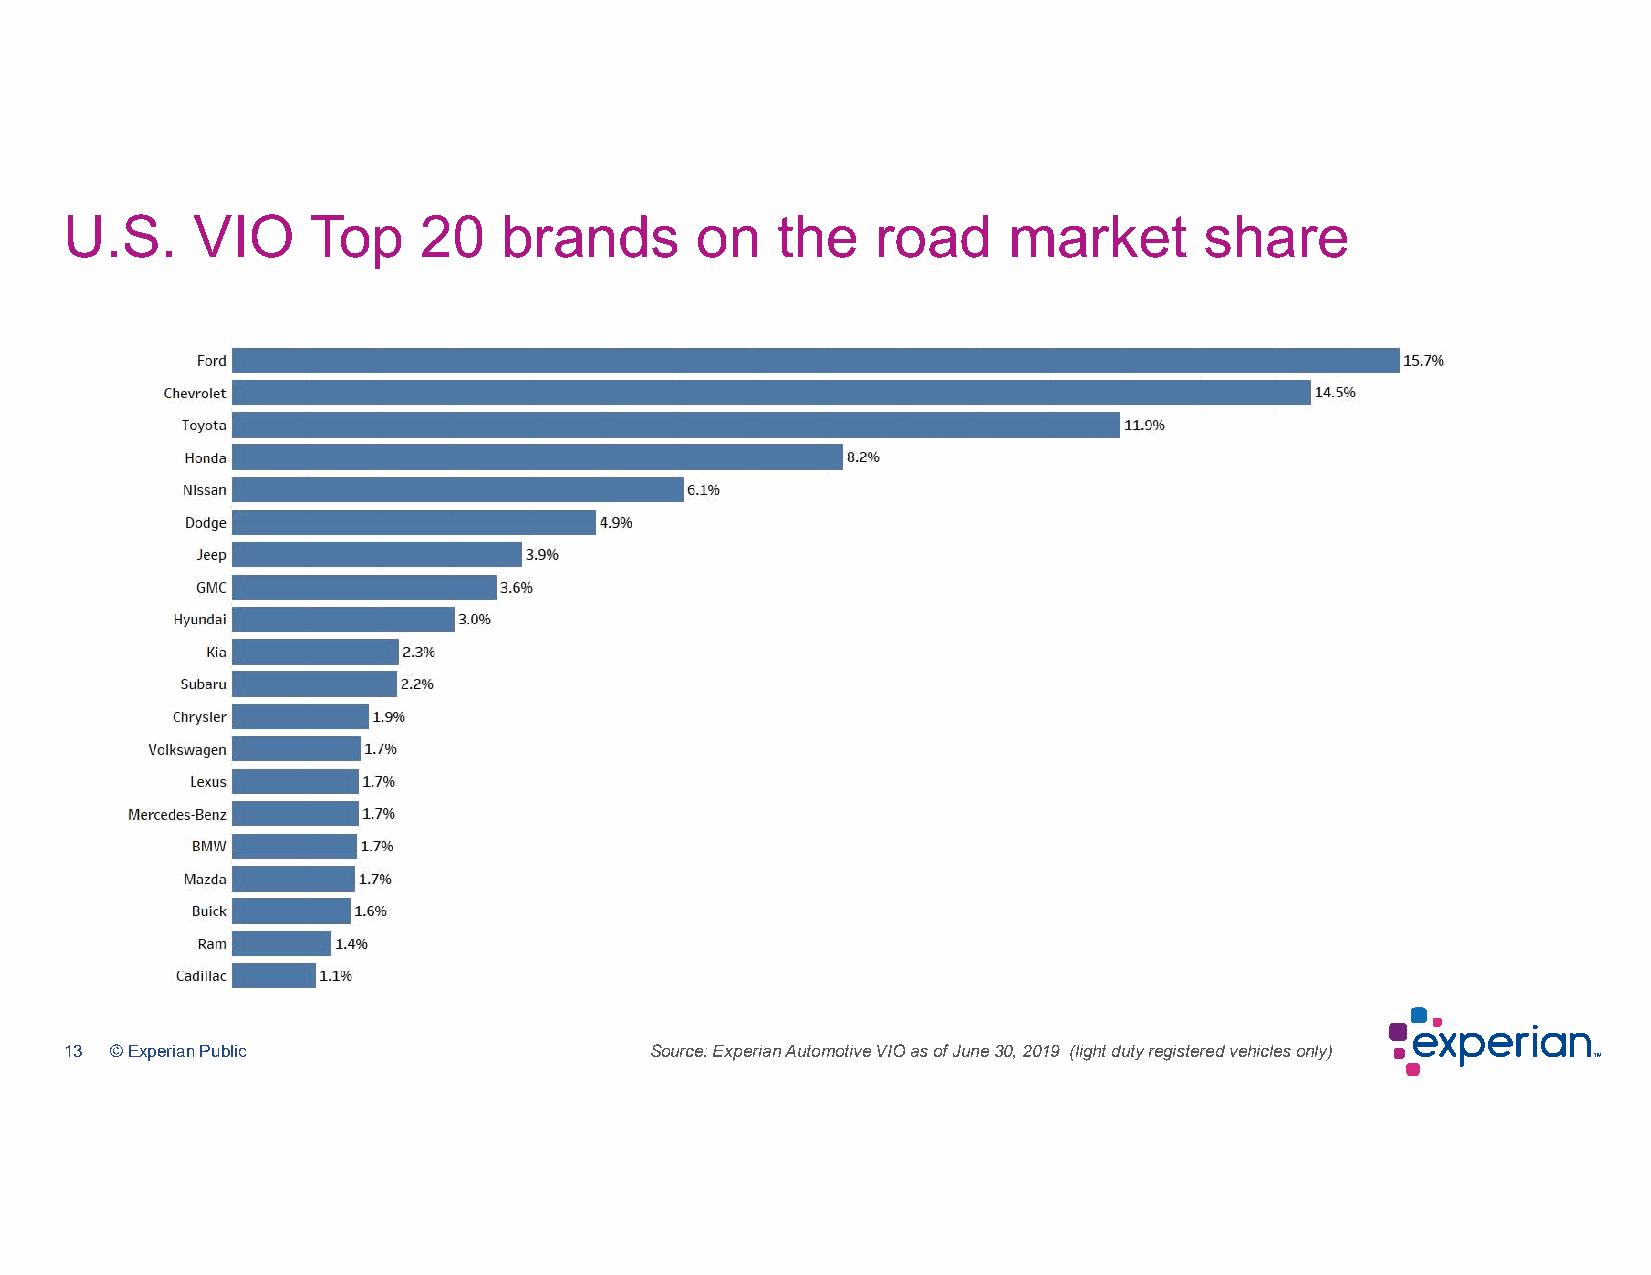
U.S.     VIO    Top     20   brands       on   the    road     market       share
 13 © Experian Public                   Source: Experian Automotive VIO as of June 30, 2019 (light duty registered vehicles only)